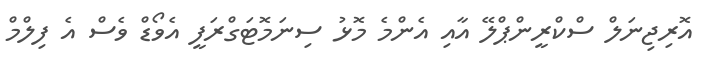
އޮރިޖިނަލް ސްކްރީންޕްލޭ އާއި އެންމެ މޮޅު ސިނަމޮޓަގްރަފީ އެވޯޑް ވެސް އެ ފިލްމް